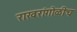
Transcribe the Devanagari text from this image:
राखरांगोळीच